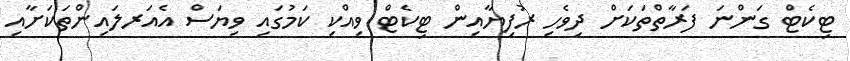
ޓިކެޓް ގަންނަ ފަރާތްތަކަށް ދިވެހި ރުފިޔާއިން ޓިކެޓް ވިއްކި ކަމުގައި ވިޔަސް އެއަރލައިންތަކަށާއި